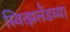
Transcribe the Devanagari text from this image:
स्वित्झर्लॅडच्या